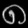
Digit: ၈